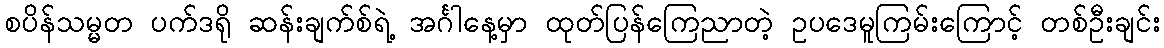
စပိန်သမ္မတ ပက်ဒရို ဆန်းချက်စ်ရဲ့ အင်္ဂါနေ့မှာ ထုတ်ပြန်ကြေညာတဲ့ ဥပဒေမူကြမ်းကြောင့် တစ်ဦးချင်း